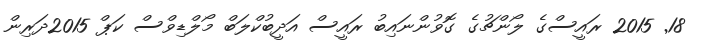
18